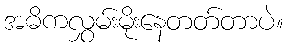
အဓိကလွှမ်းမိုးနေတတ်တာပဲ။